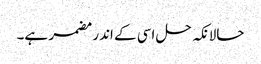
حالانکہ حل اسی کے اندر مضمر ہے۔